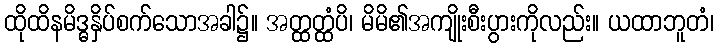
ထိုထိနမိဒ္ဓနှိပ်စက်သောအခါ၌။ အတ္ထတ္ထံပိ၊ မိမိ၏အကျိုးစီးပွားကိုလည်း။ ယထာဘူတံ၊